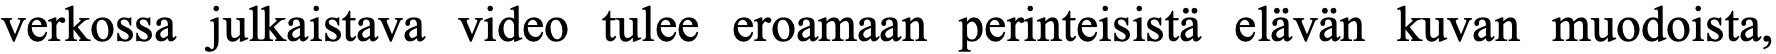
verkossa julkaistava video tulee eroamaan perinteisistä elävän kuvan muodoista,